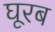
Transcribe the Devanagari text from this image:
घूरब